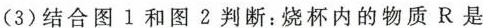
(3)结合图1和图2判断：烧杯内的物质R是